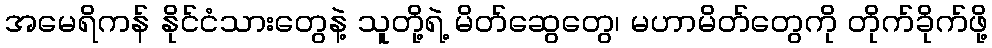
အမေရိကန် နိုင်ငံသားတွေနဲ့ သူတို့ရဲ့ မိတ်ဆွေတွေ၊ မဟာမိတ်တွေကို တိုက်ခိုက်ဖို့